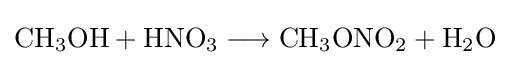
{\mathrm {CH} {\vphantom {A}}_{\smash[{t}]{3}}\mathrm {OH} {}+{}\mathrm {HNO} {\vphantom {A}}_{\smash[{t}]{3}}{}\mathrel {\longrightarrow } {}\mathrm {CH} {\vphantom {A}}_{\smash[{t}]{3}}\mathrm {ONO} {\vphantom {A}}_{\smash[{t}]{2}}{}+{}\mathrm {H} {\vphantom {A}}_{\smash[{t}]{2}}\mathrm {O} }